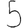
Digit: 5